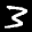
Label: 3